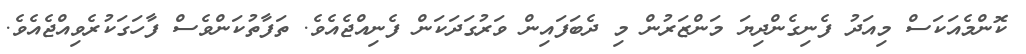
ކޮންމެއަކަސް މިއަދު ފެނިގެންދިޔަ މަންޒަރުން މި ދެބަފައިން ވަރުގަދަކަން ފެނިއްޖެއެވެ. ތަފާތުކަންވެސް ފާހަގަކުރެވިއްޖެއެވެ.